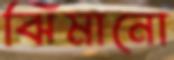
ঝিমানো